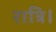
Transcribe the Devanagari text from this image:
रात्रि।